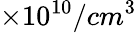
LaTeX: \times 10^{10}/cm^{3}